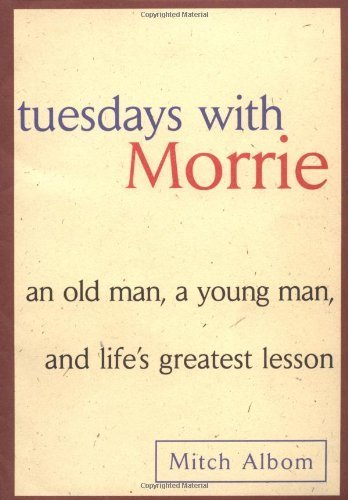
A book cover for Tuesdays with Morrie: An Old Man, A Young Man and Life's Greatest Lesson 1st (first) Edition by Albom, Mitch published by Doubleday (1997) Hardcover; Self-Help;